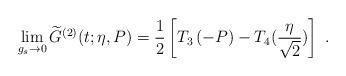
LaTeX: \begin{align*}\begin{aligned}\lim_{g_s\to 0}\widetilde{G}^{(2)}(t;\eta,P)=\frac{1}{2}\left[T_3\left(-P\right)-T_4(\frac{\eta}{\sqrt{2}})\right]\ .\\\end{aligned}\end{align*}